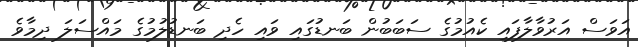
އަވަސް އަރުވާލާފައި ކެއުމުގެ ސަބަބުން ބަނޑުގައި ވައި ހެދި ބަނޑުލުމުގެ މައްސަލަ ދިމާވެ